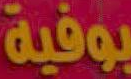
بوفية